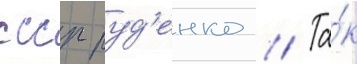
ссср руд'енко // Та́к